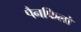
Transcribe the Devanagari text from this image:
पैनफिलो